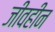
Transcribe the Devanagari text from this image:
जीवहीन